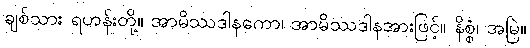
ချစ်သား ရဟန်းတို့။ အာမိဿဒါနကော၊ အာမိဿဒါနအားဖြင့်။ နိစ္စံ၊ အမြဲ။